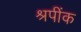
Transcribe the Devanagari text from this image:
श्रपींक